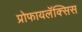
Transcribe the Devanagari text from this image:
प्रोफायलॅक्सिस